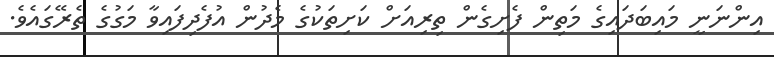
އިންނަނީ މައިބަދައިގެ މަތިން ފެށިގެން ތިރިއަށް ކަށިތަކުގެ މެދުން އުފެދިފައިވާ މަގުގެ ތެރޭގައެވެ.